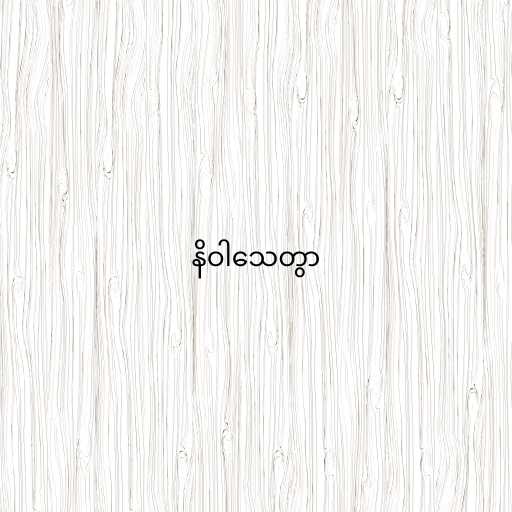
နိဝါသေတွာ